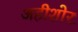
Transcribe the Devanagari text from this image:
अहीशोर